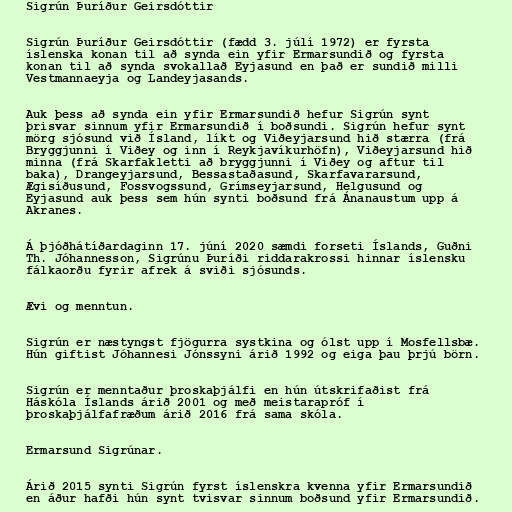
Sigrún Þuríður Geirsdóttir

Sigrún Þuríður Geirsdóttir (fædd 3. júlí 1972) er fyrsta
íslenska konan til að synda ein yfir Ermarsundið og fyrsta
konan til að synda svokallað Eyjasund en það er sundið milli
Vestmannaeyja og Landeyjasands.

Auk þess að synda ein yfir Ermarsundið hefur Sigrún synt
þrisvar sinnum yfir Ermarsundið í boðsundi. Sigrún hefur synt
mörg sjósund við Ísland, líkt og Viðeyjarsund hið stærra (frá
Bryggjunni í Viðey og inn í Reykjavíkurhöfn), Viðeyjarsund hið
minna (frá Skarfakletti að bryggjunni í Viðey og aftur til
baka), Drangeyjarsund, Bessastaðasund, Skarfavararsund,
Ægisíðusund, Fossvogssund, Grímseyjarsund, Helgusund og
Eyjasund auk þess sem hún synti boðsund frá Ánanaustum upp á
Akranes.

Á þjóðhátíðardaginn 17. júní 2020 sæmdi forseti Íslands, Guðni
Th. Jóhannesson, Sigrúnu Þuríði riddarakrossi hinnar íslensku
fálkaorðu fyrir afrek á sviði sjósunds.

Ævi og menntun.

Sigrún er næstyngst fjögurra systkina og ólst upp í Mosfellsbæ.
Hún giftist Jóhannesi Jónssyni árið 1992 og eiga þau þrjú börn.

Sigrún er menntaður þroskaþjálfi en hún útskrifaðist frá
Háskóla Íslands árið 2001 og með meistarapróf í
þroskaþjálfafræðum árið 2016 frá sama skóla.

Ermarsund Sigrúnar.

Árið 2015 synti Sigrún fyrst íslenskra kvenna yfir Ermarsundið
en áður hafði hún synt tvisvar sinnum boðsund yfir Ermarsundið.